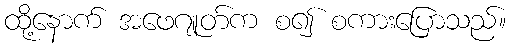
ထို့နောက် အဖေဂျုတ်က စ၍ စကားပြောသည်။